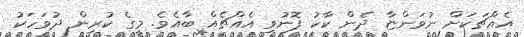
އެއްޗަކަށް ނުވަންޏާ ދެން ކާކު ފޮނުވި އެއްޗެއް ބާއެވެ. މީގެ ކުރިން ދުވަހަކު